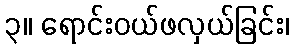
၃။ ရောင်းဝယ်ဖလှယ်ခြင်း၊